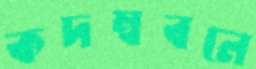
কদম্ববনে